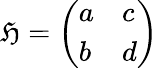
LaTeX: {\mathfrak{H}}={\left(\begin{array}{ll}{a}&{c}\\ {b}&{d}\end{array}\right)}